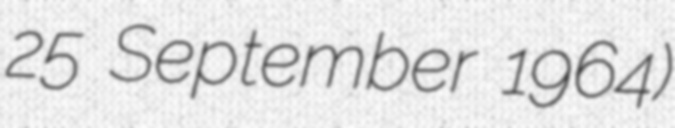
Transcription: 25 September 1964)